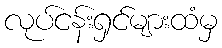
လုပ်ငန်းရှင်များထံမှ